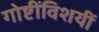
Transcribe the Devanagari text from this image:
गोष्टींविशयीं